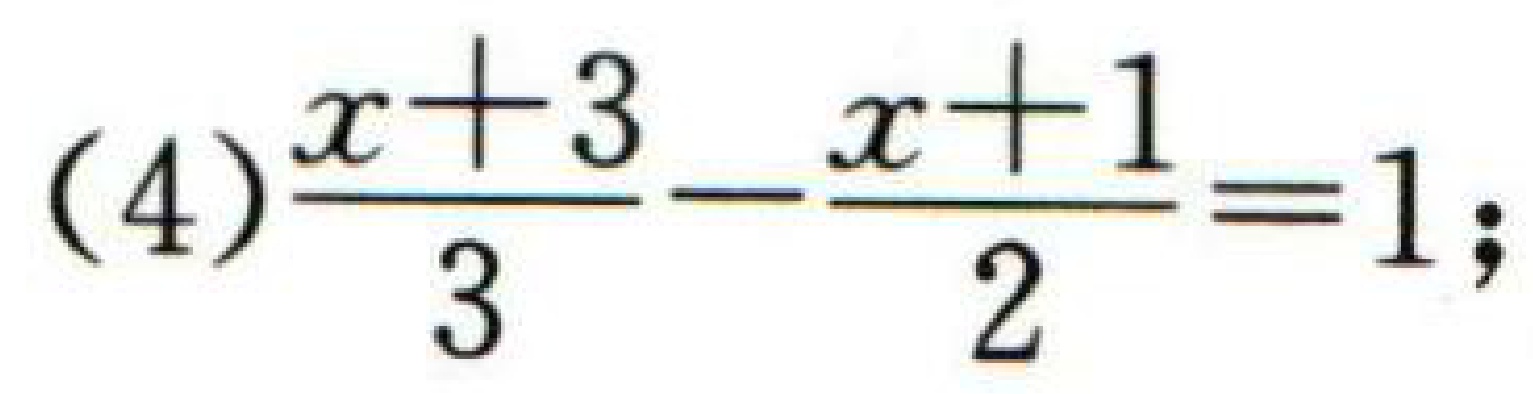
(4)$\frac{x + 3}{3}-\frac{x + 1}{2}=1;$